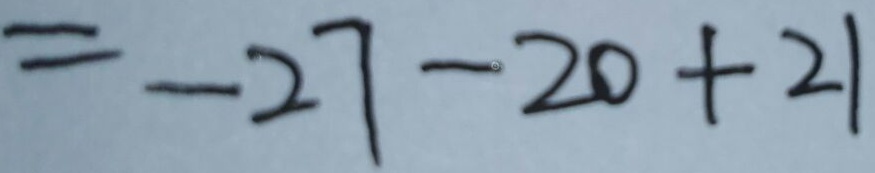
= - 2 7 - 2 0 + 2 1